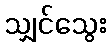
သျှင်သွေး